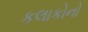
કલાકોનો